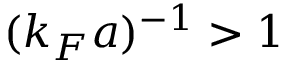
( k _ { F } a ) ^ { - 1 } > 1